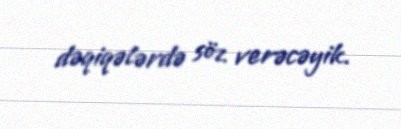
dəqiqələrdə söz verəcəyik.